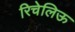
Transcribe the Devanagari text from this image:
रिचेलिऊ